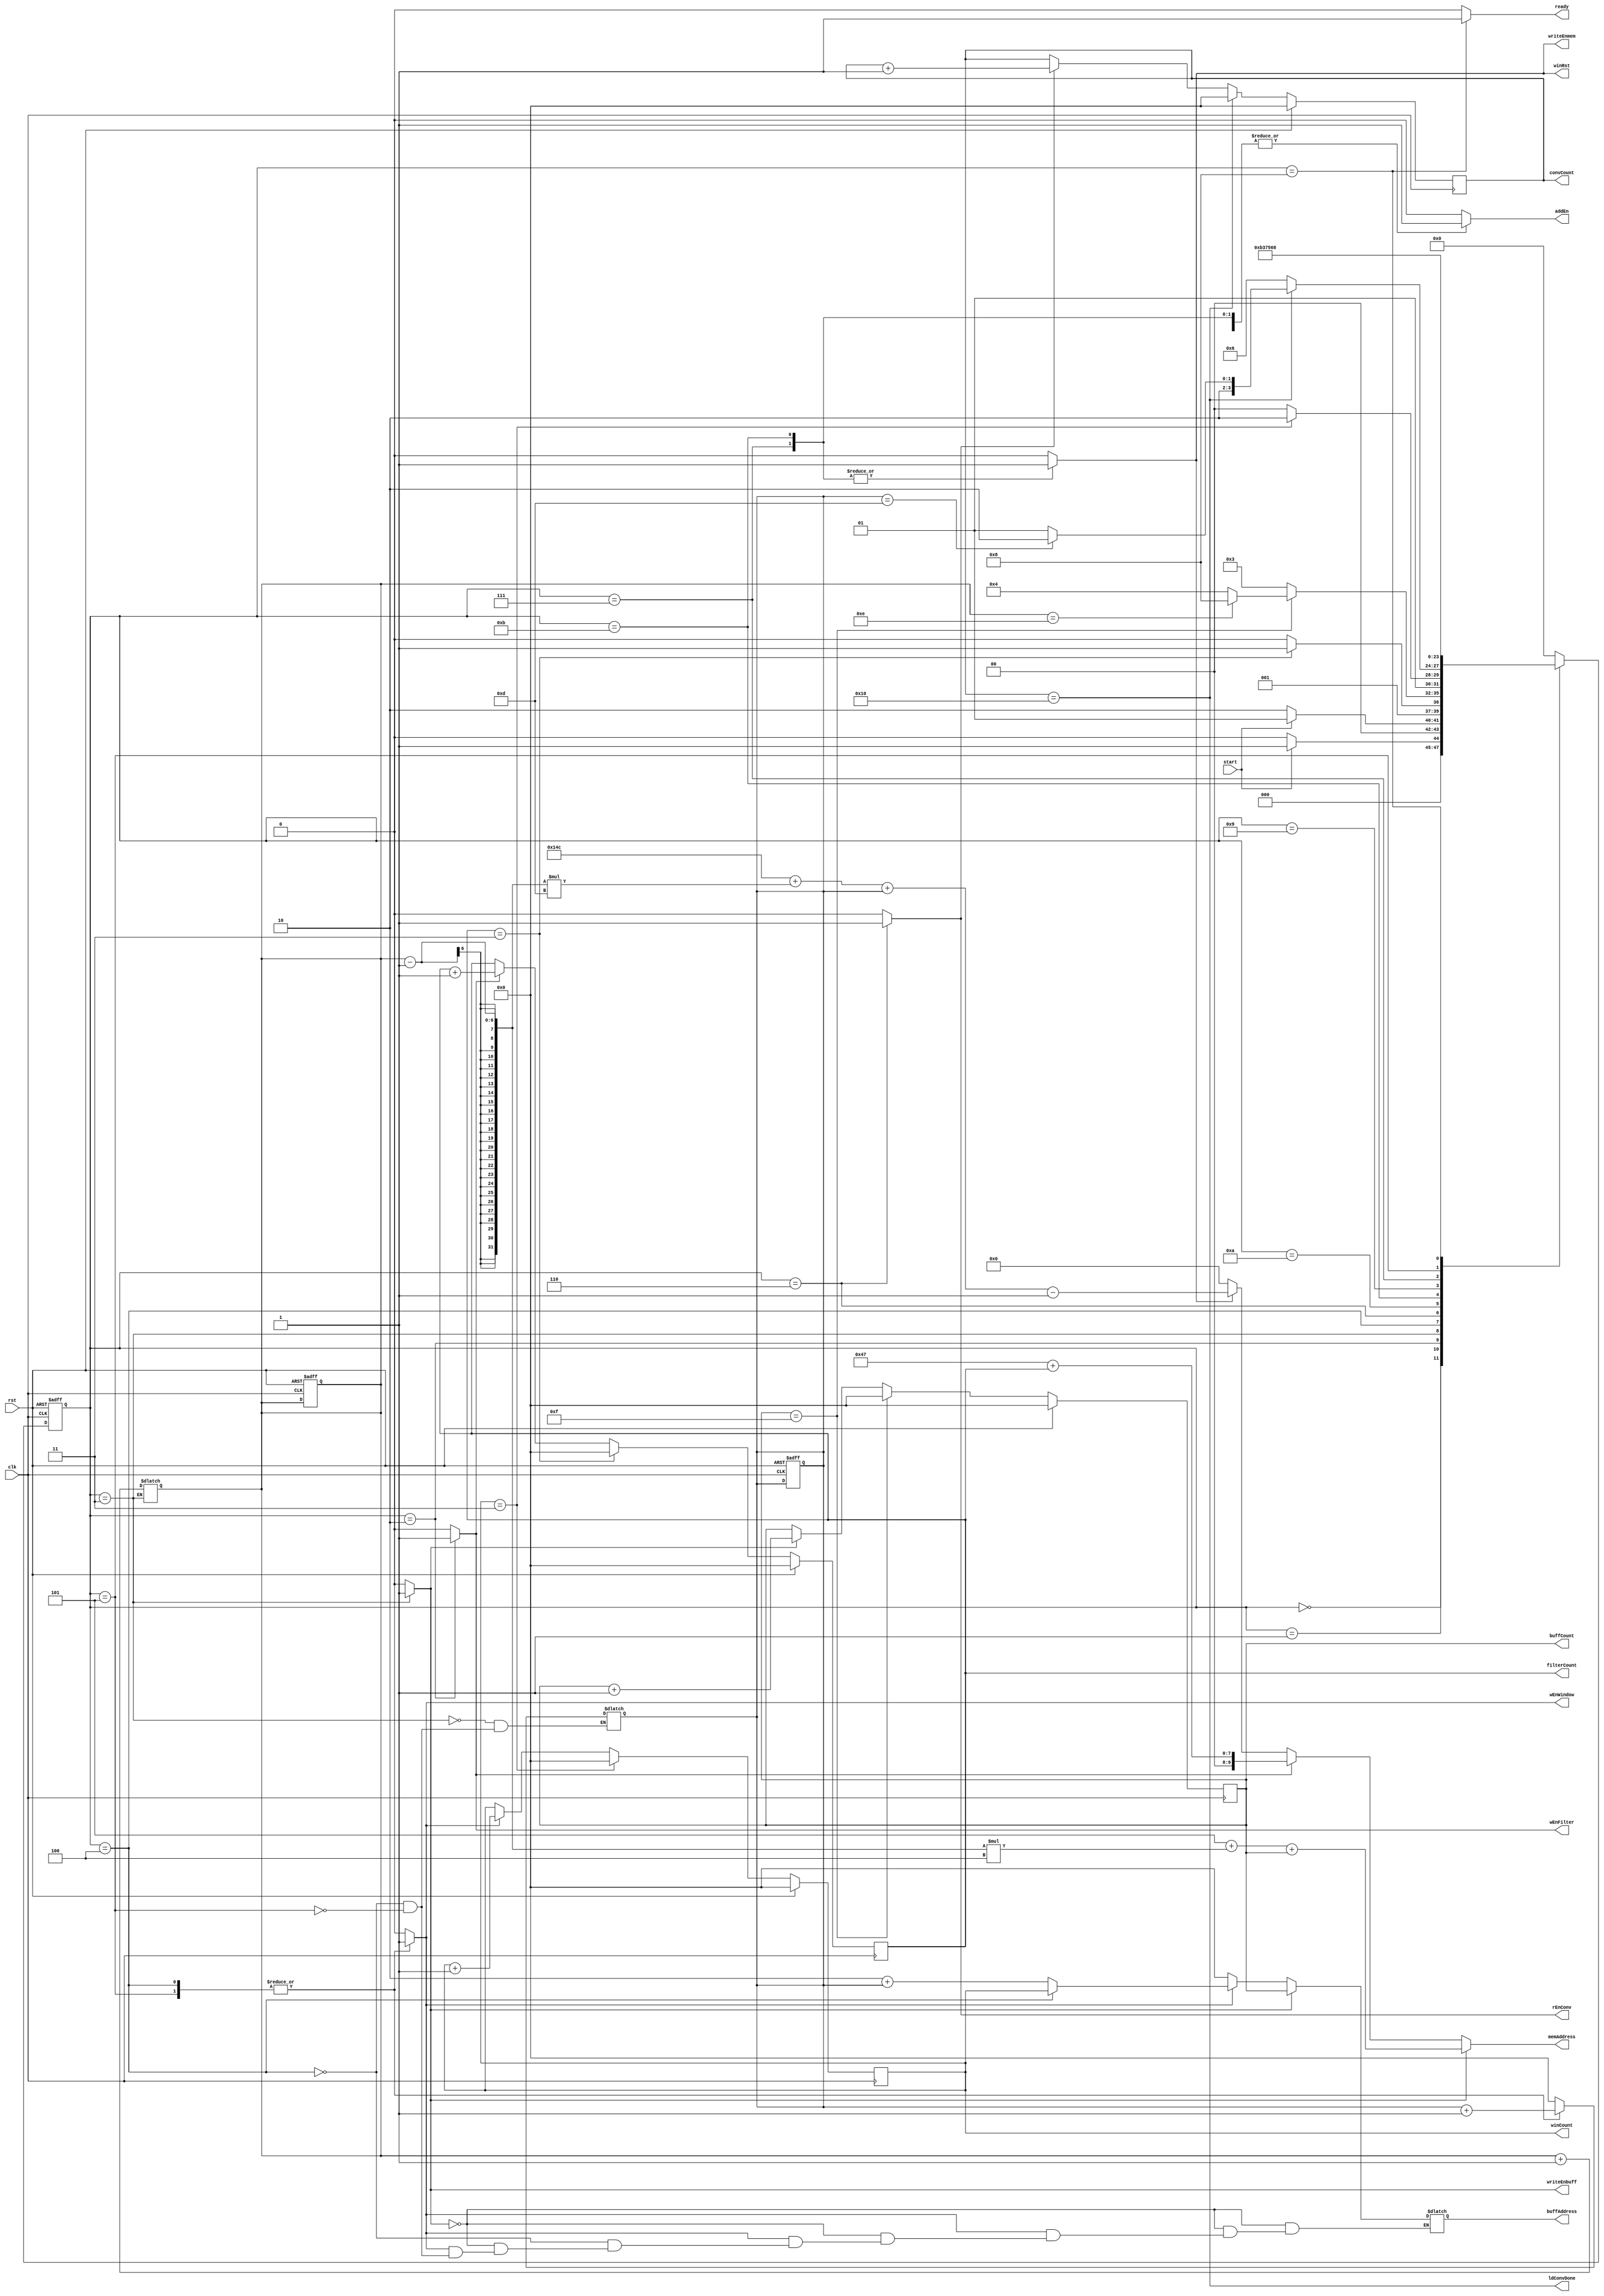
module Controller (
    input clk, rst,
    input start,
    output reg ready ,writeEnbuff, writeEnmem, wEnFilter, wEnWindow, rEnConv, ldConvDone, addEn, winRst,
    output reg [5:0] buffCount, filterCount, winCount, convCount,
    output reg [9:0] memAddress,
    output reg [5:0] buffAddress
  );

  localparam X = 9'd5, Y = 9'd71, Z = 9'd83;
  // localparam X = 9'd2, Y = 9'd71, Z = 9'd81;
  // localparam X = 9'd, Y = 9'd71, Z = 9'd83;

    reg [5:0]  buffToWinCount, memToBuffCount;


  localparam Idle = 4'd0, Init = 4'd1, LoadFilter = 4'd2, LoadBuff = 4'd3,
             LoadFirstWin = 4'd4, LoadRemWin = 4'd5, LoadConv = 4'd6, Write = 4'd7,
             Done = 4'd8, ConvHold = 4'd9, LastConvHold = 4'd10, LastWrite = 4'd11;

  wire ldBuffDone, ldFilterDone, ldWinDone, gotAllWin, gotAllBuff;

  reg [3:0] pstate, nstate;

  always @(pstate or start or ldBuffDone or ldFilterDone, ldWinDone, ldConvDone)
  begin
    nstate = Idle;
    case (pstate)
      Idle:
        nstate = start ? Init : Idle;
      Init:
        nstate = start ? Init : LoadFilter;
      LoadFilter:
        nstate = ldFilterDone ? LoadBuff : LoadFilter;
      LoadBuff:
        nstate = ldBuffDone ? (gotAllBuff ? Done : LoadFirstWin) : LoadBuff;
      LoadFirstWin:
        nstate = ldWinDone ? LoadConv : LoadFirstWin;
      LoadConv:
        nstate =  ldConvDone ? (gotAllWin ? LastConvHold : ConvHold) : LoadConv;
      LastConvHold:
        nstate = LastWrite;
      LastWrite:
        nstate = LoadBuff;
      ConvHold:
        nstate = Write;
      Write:
        nstate = LoadRemWin;
      LoadRemWin:
        nstate = LoadConv;
      Done:
        nstate = Done;
      default:
        ;
    endcase
  end

  always @(pstate)
  begin
    {wEnFilter, writeEnbuff, wEnWindow, rEnConv, writeEnmem, addEn, winRst, ready} = 8'd0;
    case (pstate)
      LoadFilter:
      begin
        // rEnMem = 1'd1;
        wEnFilter = 1'd1;
      end
      LoadBuff:
      begin
        // rEnMem = 1'd1;
        writeEnbuff = 1'd1;
        memToBuffCount <= memToBuffCount + 1;
        buffToWinCount <= 0;
      end
      LoadFirstWin:
      begin
        wEnWindow = 1'd1;
        buffToWinCount = buffToWinCount + 1;
      end
      LoadRemWin:
      begin
        wEnWindow = 1'd1;
        buffToWinCount = buffToWinCount + 1;
      end
      LoadConv:
      begin
        rEnConv = 1'd1;
        addEn = 1'd1;
      end
      ConvHold:
      begin
        addEn = 1'd1;
      end
      Write:
      begin
        addEn = 1'd1;
        writeEnmem = 1'd1;
        winRst = 1'd1;
      end
      LastConvHold:
      begin
        addEn = 1'd1;
      end
      LastWrite:
      begin
        addEn = 1'd1;
        writeEnmem = 1'd1;
        winRst = 1'd1;
      end
      Done:
      begin
        {wEnFilter, writeEnbuff, wEnWindow, rEnConv} = 4'd0;
        ready = 1'd1;
      end
    endcase
  end

  always @(posedge clk or posedge rst)
  begin
    if (rst)
    begin
      pstate <= Idle;
      buffToWinCount <= 0;
      memToBuffCount <= 0;
    end
    else
      pstate <= nstate;
  end


  always @(posedge clk)
  begin
    if (rst)
      buffCount <= 8'b0;
    else if (buffCount == 8'd15)
    begin
      buffCount <= 8'b0;
    end
    else if (writeEnbuff)
      buffCount <= buffCount + 1;
  end

  always @(posedge clk)
  begin
    if (rst)
      filterCount <= 8'b0;
    else if (filterCount == 8'd3)
      filterCount <= 8'b0;
    else if (wEnFilter)
      filterCount <= filterCount + 1;
  end

  always @(posedge clk)
  begin
    if (rst)
      winCount <= 8'b0;
    else if (winCount == 8'd3)
      winCount <= 8'b0;
    else if (wEnWindow)
      winCount <= winCount + 1;
  end

  always @(posedge clk)
  begin
    if (rst)
      convCount <= 8'b0;
    else if (convCount == 8'd16)
      convCount <= 8'b0;
    else if (rEnConv)
      convCount <= convCount + 1;
  end


  assign ldFilterDone = (filterCount == 8'd3);
  assign ldBuffDone = (buffCount == 8'd15);
  assign ldWinDone = (winCount == 8'd3);
  assign ldConvDone = (convCount == 8'd16);
  assign gotAllWin = (buffToWinCount == 8'd13);
  assign gotAllBuff = (memToBuffCount == 8'd14);

  always @(*)
  begin
    if (writeEnbuff)
      memAddress = X + (memToBuffCount - 1) * 4 + buffCount;
    else if (wEnFilter)
      memAddress = Y + filterCount;
    else if (writeEnmem)
      memAddress = Z * 4 + (memToBuffCount - 1) * 13 + buffToWinCount - 1;
    else
      memAddress = 0;
  end

  always @(*)
  begin
    if (writeEnbuff)
      buffAddress = buffCount;
    else if (wEnWindow)
    begin
      if (pstate == LoadFirstWin)
        buffAddress = winCount;
      else if (pstate == LoadRemWin)
        buffAddress = 2 + buffToWinCount;
    end
    else
      buffAddress = 0;
  end

endmodule